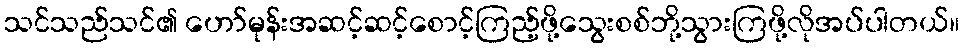
သင်သည်သင်၏ ဟော်မုန်းအဆင့်ဆင့်စောင့်ကြည့်ဖို့သွေးစစ်ဘို့သွားကြဖို့လိုအပ်ပါတယ်။